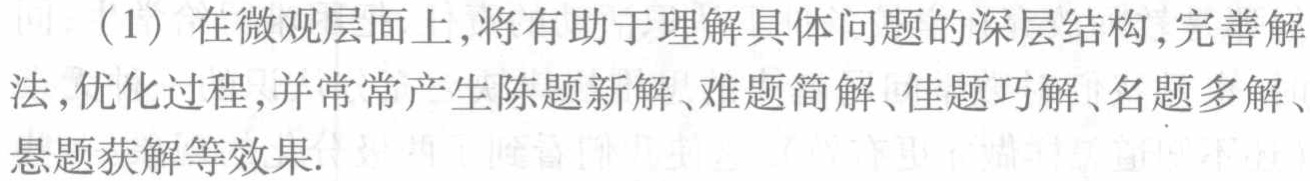
（1）在微观层面上，将有助于理解具体问题的深层结构，完善解法，优化过程，并常常产生陈题新解、难题简解、佳题巧解、名题多解、悬题获解等效果.